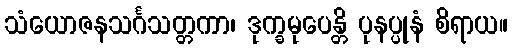
သံယောဇနသင်္ဂသတ္တကာ၊ ဒုက္ခမုပေန္တိ ပုနပ္ပုနံ စိရာယ။